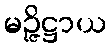
မဉ္ဇိဋ္ဌာယ